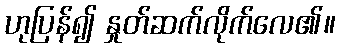
ဟုပြန်၍ နှုတ်ဆက်လိုက်လေ၏။